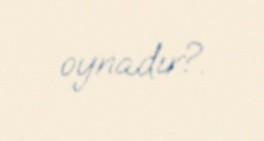
oynadır?.